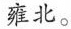
雍北。